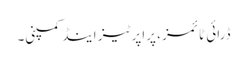
ڈرائی ٹائمز ، پراپرٹیز اینڈ کمپنی۔